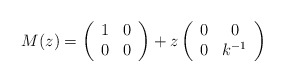
\begin{align*}M(z)=\left(\begin{array}{cc}1 & 0\\0 & 0\end{array}\right)+z\left(\begin{array}{cc}0 & 0\\0 & k^{-1}\end{array}\right)\end{align*}